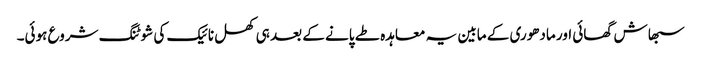
سبھاش گھائی اور مادھوری کے مابین یہ معاہدہ طے پانے کے بعد ہی کھل نائیک کی شوٹنگ شروع ہوئی۔